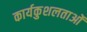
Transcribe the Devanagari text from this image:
कार्यकुशलताओं